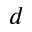
d